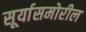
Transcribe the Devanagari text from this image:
सूर्यासमोरील